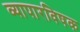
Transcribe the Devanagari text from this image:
व्यापारविषक